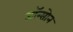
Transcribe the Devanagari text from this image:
जॉन्सोन